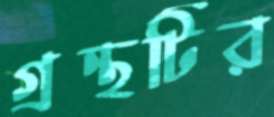
গ্রন্থটির